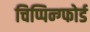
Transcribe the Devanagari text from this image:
चिप्पिन्ग्फोर्ड